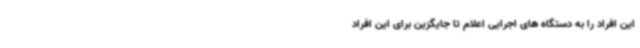
این افراد را به دستگاه های اجرایی اعلام تا جایگزین برای این افراد